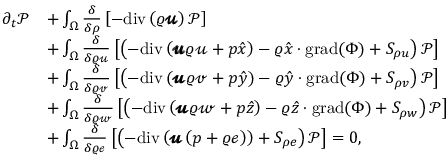
\begin{array} { r l } { \partial _ { t } \mathcal { P } } & { + \int _ { \Omega } \frac { \delta } { \delta \rho } \left[ - \mathrm { d i v } \left( \varrho \pmb { \mathscr { u } } \right) \mathcal { P } \right] } \\ & { + \int _ { \Omega } \frac { \delta } { \delta \varrho \mathscr { u } } \left[ \left( - \mathrm { d i v } \left( \pmb { \mathscr { u } } \varrho \mathscr { u } + p \hat { x } \right) - \varrho \hat { x } \cdot \mathrm { g r a d } ( \Phi ) + S _ { \rho u } \right) \mathcal { P } \right] } \\ & { + \int _ { \Omega } \frac { \delta } { \delta \varrho \mathscr { v } } \left[ \left( - \mathrm { d i v } \left( \pmb { \mathscr { u } } \varrho \mathscr { v } + p \hat { y } \right) - \varrho \hat { y } \cdot \mathrm { g r a d } ( \Phi ) + S _ { \rho v } \right) \mathcal { P } \right] } \\ & { + \int _ { \Omega } \frac { \delta } { \delta \varrho \mathscr { w } } \left[ \left( - \mathrm { d i v } \left( \pmb { \mathscr { u } } \varrho \mathscr { w } + p \hat { z } \right) - \varrho \hat { z } \cdot \mathrm { g r a d } ( \Phi ) + S _ { \rho w } \right) \mathcal { P } \right] } \\ & { + \int _ { \Omega } \frac { \delta } { \delta \varrho \mathscr { e } } \left[ \left( - \mathrm { d i v } \left( \pmb { \mathscr { u } } \left( p + \varrho \mathscr { e } \right) \right) + S _ { \rho e } \right) \mathcal { P } \right] = 0 , } \end{array}